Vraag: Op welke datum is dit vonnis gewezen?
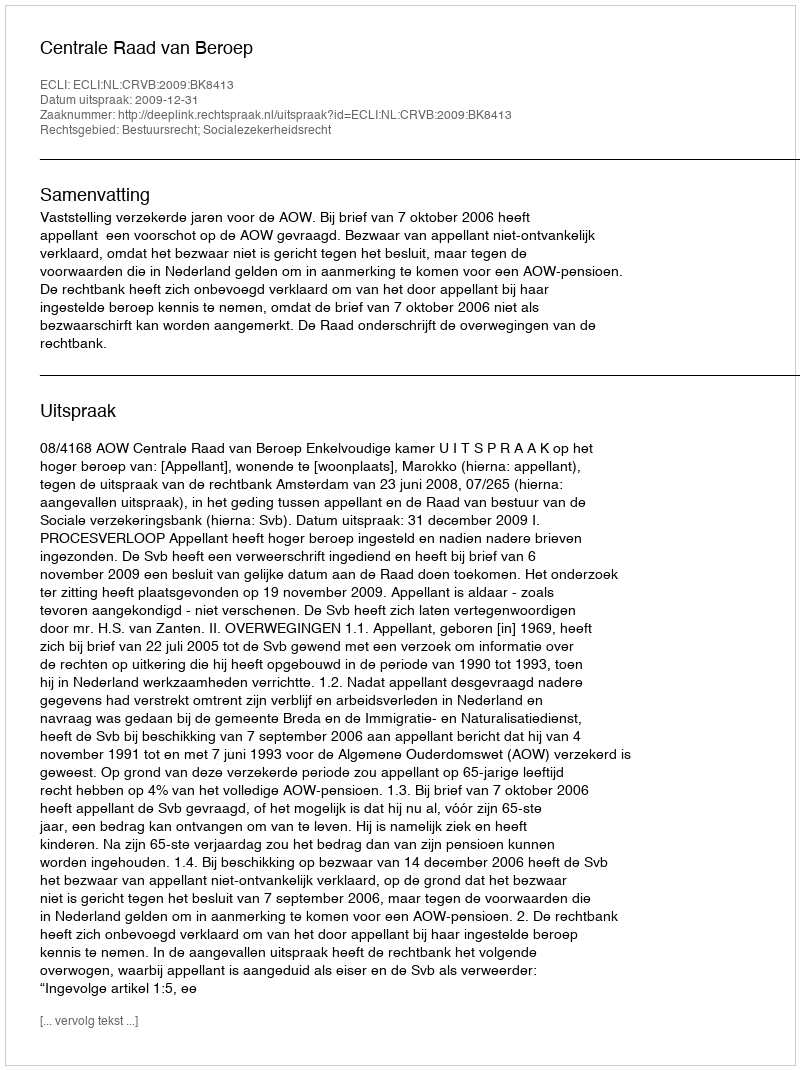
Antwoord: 2009-12-31